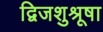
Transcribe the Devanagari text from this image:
द्विजशुश्रूषा